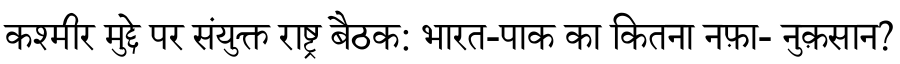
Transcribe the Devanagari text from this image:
कश्मीर मुद्दे पर संयुक्त राष्ट्र बैठक: भारत-पाक का कितना नफ़ा- नुक़सान?